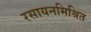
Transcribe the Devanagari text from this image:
रसायनमिश्रित